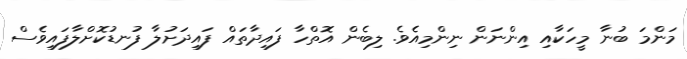
މަންމަ ބުނާ މީހަކާއި އިންނަން ނިންމިއެވެ. ލިބެން އޮތްހާ ފައިދާތައް ފައިދަށުލާ ފުނޑުކޮށްލާފައިވެސް